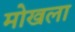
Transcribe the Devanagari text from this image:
मोखला